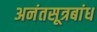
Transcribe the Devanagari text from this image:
अनंतसूत्रबांध